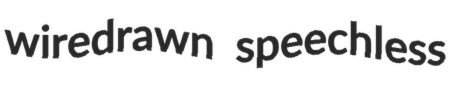
wiredrawn speechless